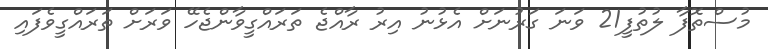
މުސްތޮފާ ލުތުފީ21 ވަނަ ގަރުނަށް އެޅުނު އިރު ރާއްޖެ ތަރައްގީވާންޖެހޭ ވަރަށް ތަރައްގީވެފައި